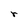
Character: r